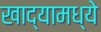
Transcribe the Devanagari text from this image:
खाद्यामध्ये